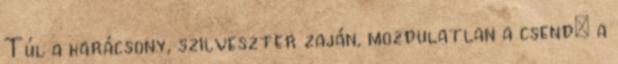
Túl a karácsony, szilveszter zaján, mozdulatlan a csend: a